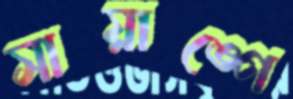
সায়াঙ্গে